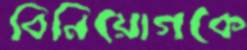
বিনিয়োগকে